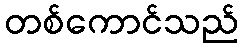
တစ်ကောင်သည်